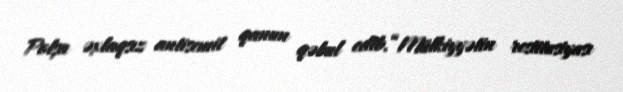
Polşa əxlaqsız antisemit qanun qəbul edib.“Mülkiyyətin restitusiyası